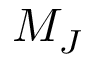
M _ { J }